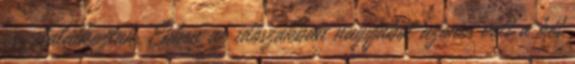
összetalálkoztak. Ebben az időszakban nagyjából azonos volt a két